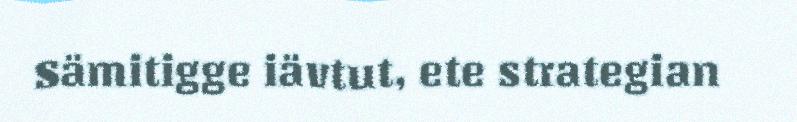
Sämitigge iävtut, ete strategian